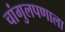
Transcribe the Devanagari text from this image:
चांगुलपणाला